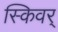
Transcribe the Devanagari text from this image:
स्किवर्